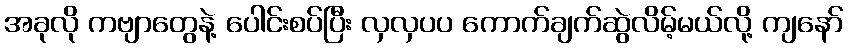
အခုလို ကဗျာတွေနဲ့ ပေါင်းစပ်ပြီး လှလှပပ ကောက်ချက်ဆွဲလိမ့်မယ်လို့ ကျနော်